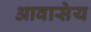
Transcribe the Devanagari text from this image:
आवासेय